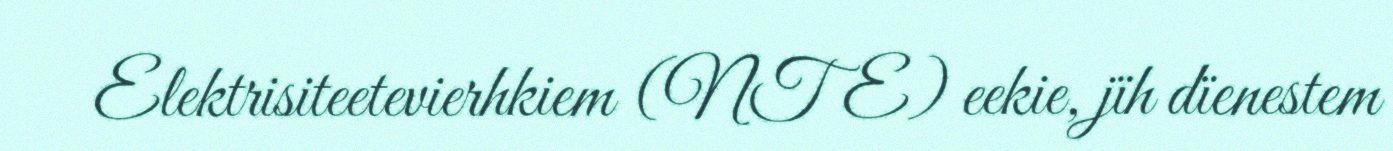
Elektrisiteetevierhkiem (NTE) eekie, jïh dïenestem